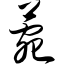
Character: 菀